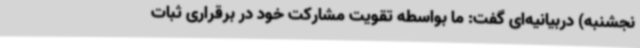
نجشنبه) دربیانیه‌ای گفت: ما بواسطه تقویت مشارکت خود در برقراری ثبات